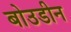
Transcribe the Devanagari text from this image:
बोउडीन